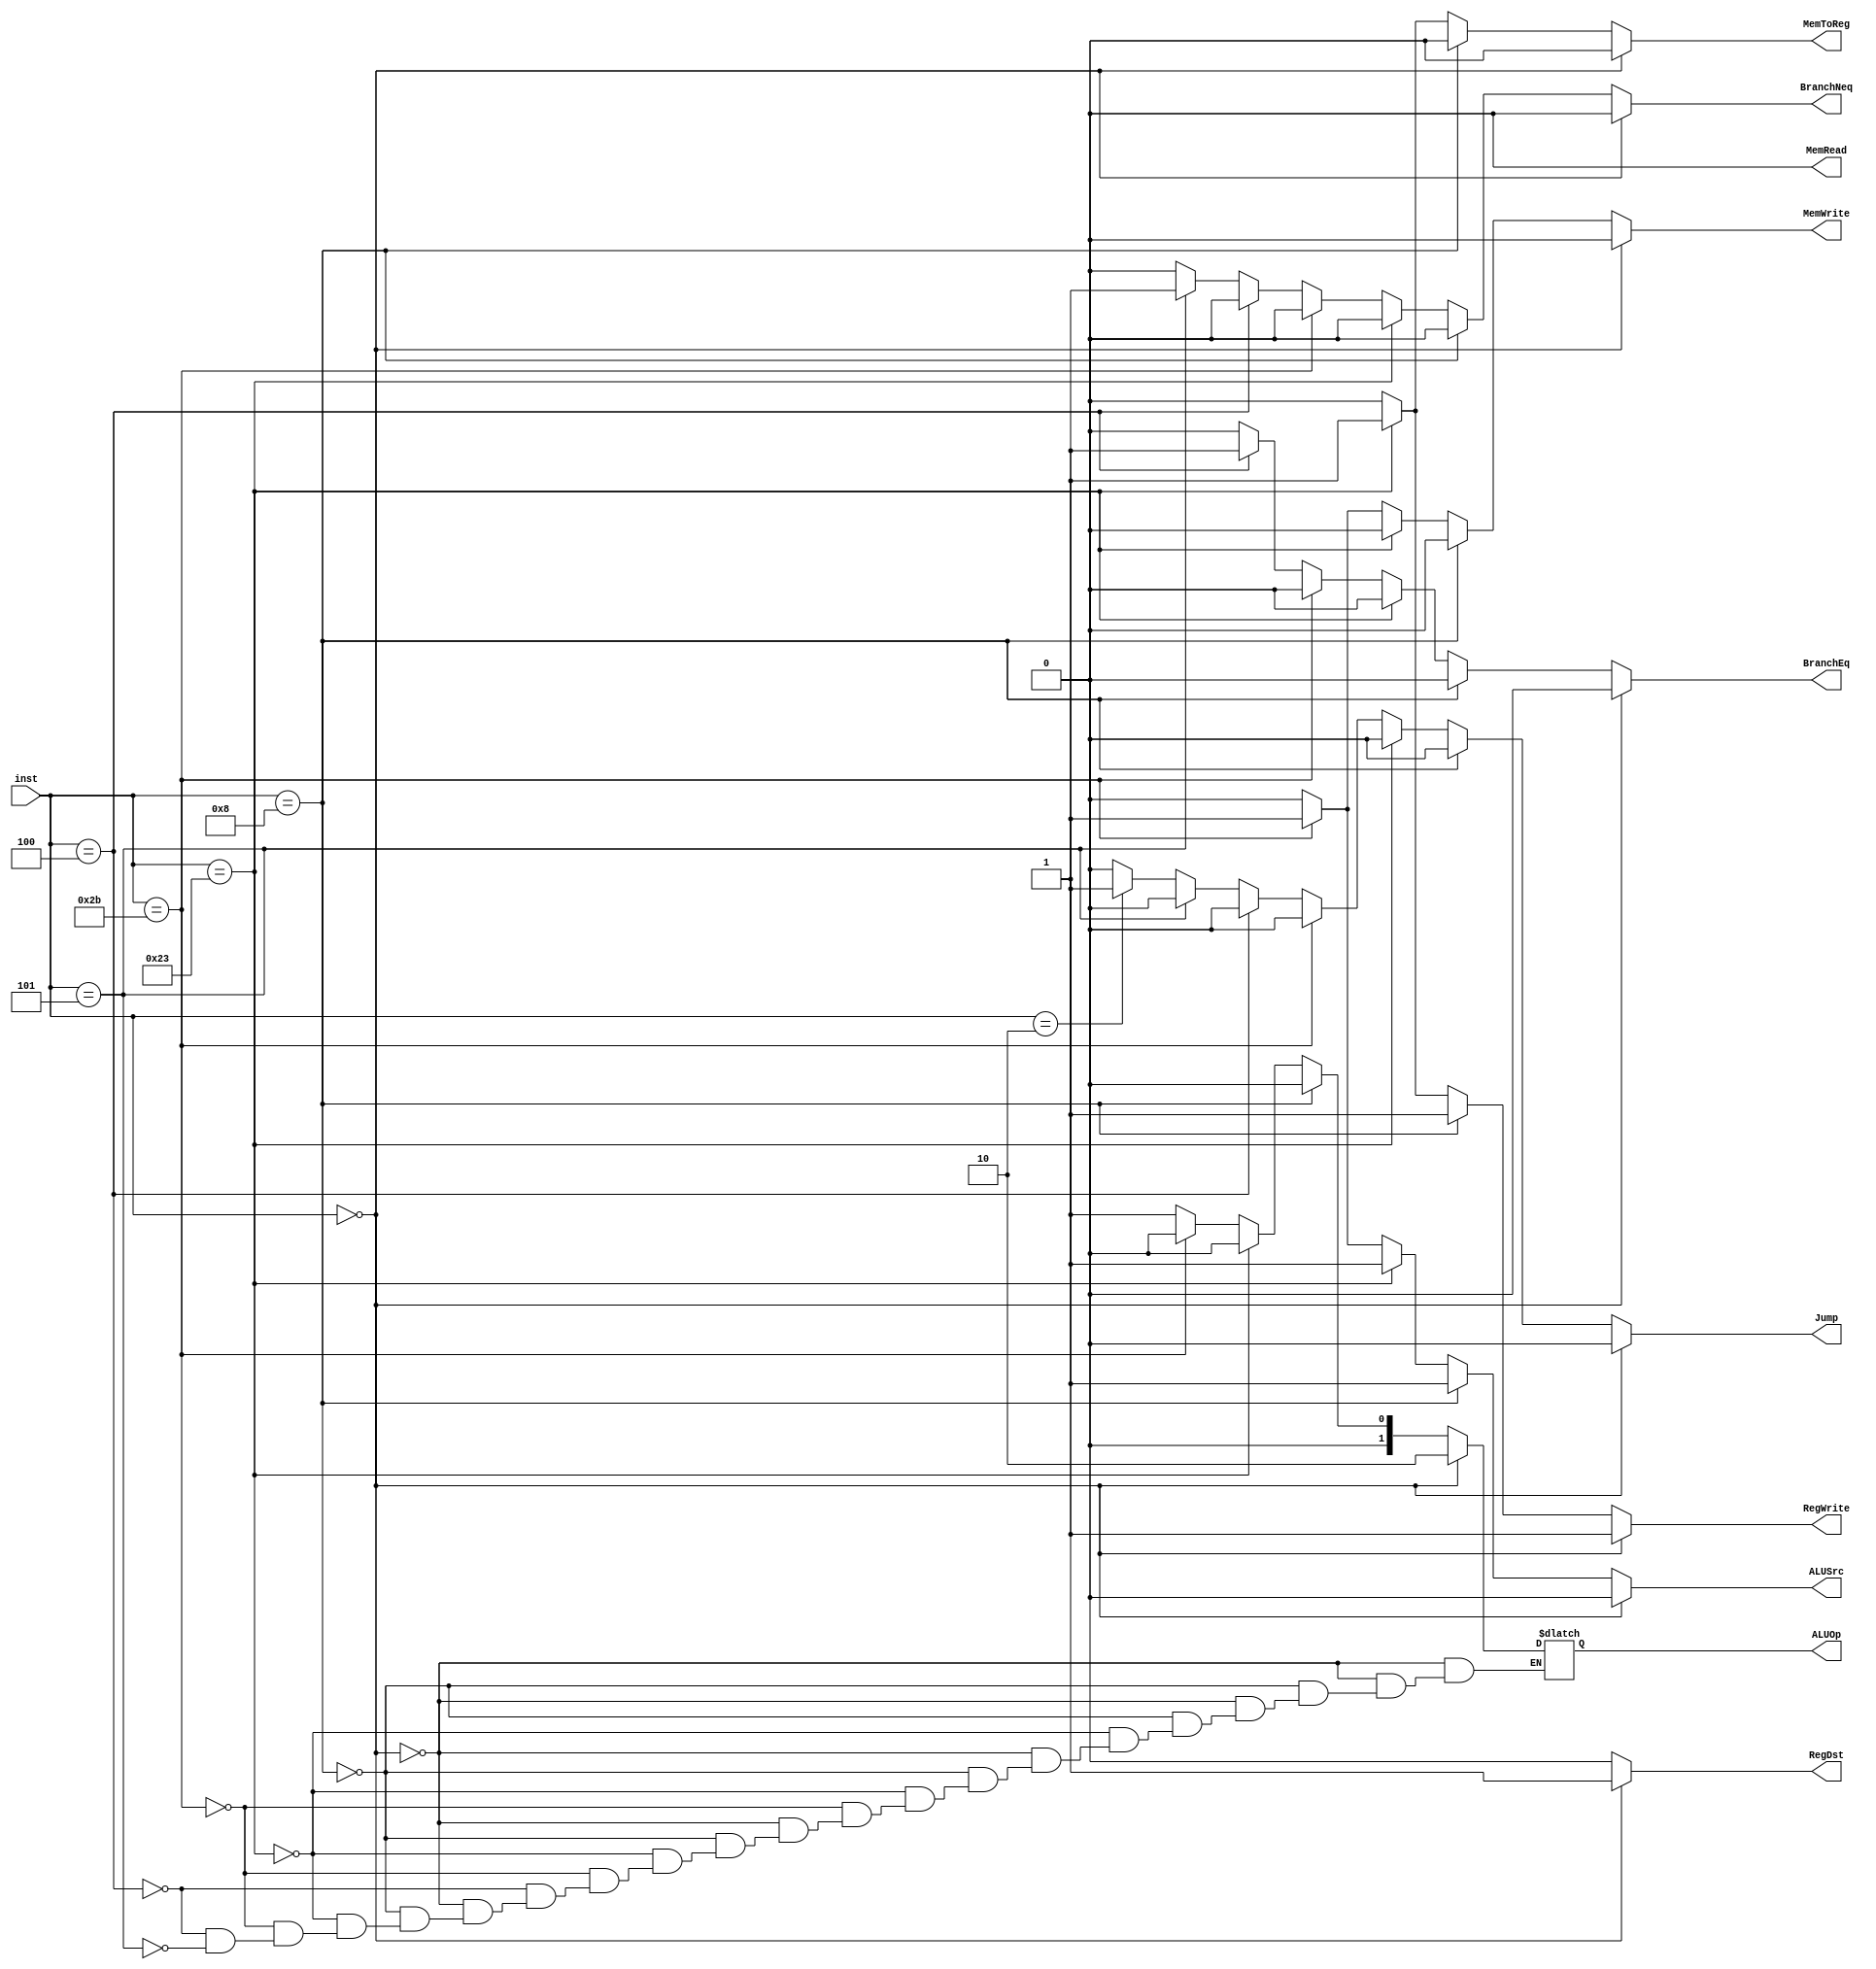
////////////////////////////////////////////////////////////////////////////////
// Company: 	UMBC
//
// Module Name: control_unit
// Description: Control unit for the 64 bit MIPS CPU
////////////////////////////////////////////////////////////////////////////////
module control_unit( inst, RegDst, RegWrite, ALUSrc, ALUOp, MemWrite, MemRead, MemToReg, BranchEq, BranchNeq, Jump);

	input [5:0] inst;
	output reg RegDst, RegWrite, ALUSrc, MemWrite, MemRead, MemToReg, BranchEq, BranchNeq, Jump;
	output reg [1:0] ALUOp;

	// inst.	OPCODE	TYPE
	// add 	100000	R
	// addi	001000	I
	// lw		100011	I
	// sw		101011	I
	// jmp	000010	J
	// beq	000100	I
	// bne	000101	I
	//
	// determine type of instruction
	always@* begin //  changes at input change
	
	RegDst=0;RegWrite=0;ALUSrc=0;MemWrite=0;MemRead=0;MemToReg=0;BranchEq=0;BranchNeq=0;Jump=0;
		
		//any R-type (add)
		if(inst == 6'b000000) begin
			ALUSrc = 0;
			RegWrite = 1;
			ALUOp = 2'b10;
			MemWrite = 0;
			MemToReg = 0;
			RegDst = 1;
		end
		//addi
		else if (inst == 6'b001000) begin
			RegWrite = 1;
			RegDst = 0;
			ALUSrc = 1;
			MemWrite = 0;
			MemToReg = 0;
			ALUOp = 2'b00;
		end
		//lw
		else if (inst == 6'b100011) begin
			RegWrite = 1;
			RegDst = 0;
			ALUSrc = 1;
			MemWrite = 0;
			MemToReg = 1;
			ALUOp = 2'b00;
		end
		//sw
		else if (inst == 6'b101011) begin
			RegWrite = 0;
			RegDst = 0;
			ALUSrc = 1;
			MemWrite = 1;
			MemToReg = 0;
			ALUOp = 2'b00;
		end
		//branch if equal
		else if (inst == 6'b000100) begin // not correct
			RegWrite = 0;
			RegDst = 0;
			ALUSrc = 0;
			MemWrite = 0;
			MemToReg = 0;
			ALUOp = 2'b01;
			BranchEq = 1;
		end
		//bne
		else if(inst == 6'b000101) begin // not correct
			RegWrite = 0;
			RegDst = 0;
			ALUSrc = 0;
			MemWrite = 0;
			MemToReg = 0;
			ALUOp = 2'b01;
			BranchNeq = 1;
		end
		//jmp 
		else if(inst == 6'b000010) begin // not correct
			Jump = 1;
		end
	end

endmodule